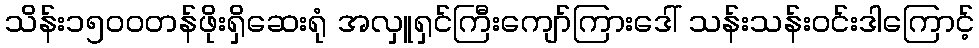
သိန်း၁၅ဝဝတန်ဖိုးရှိဆေးရုံ အလှူရှင်ကြီးကျော်ကြားဒေါ် သန်းသန်းဝင်းဒါကြောင့်